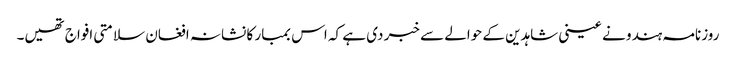
روزنامہ ہندو نے عینی شاہدین کے حوالے سے خبر دی ہے کہ اس بمبار کا نشانہ افغان سلامتی افواج تھیں۔